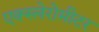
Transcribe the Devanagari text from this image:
एक्स्लेरोमीटर